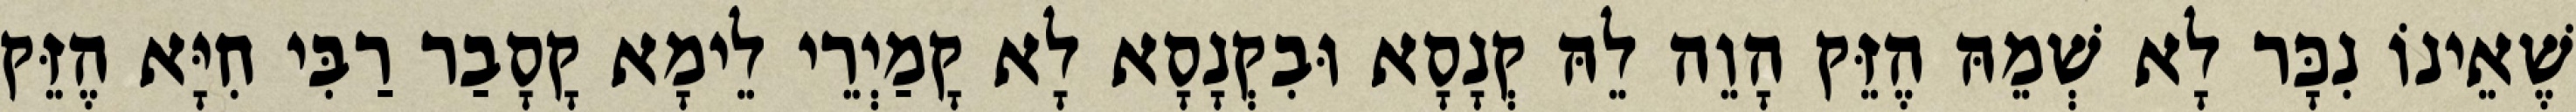
שֶׁאֵינוֹ נִכָּר לָא שְׁמֵהּ הֶזֵּק הָוֵה לֵהּ קְנָסָא וּבִקְנָסָא לָא קָמַיְרֵי לֵימָא קָסָבַר רַבִּי חִיָּא הֶזֵּק